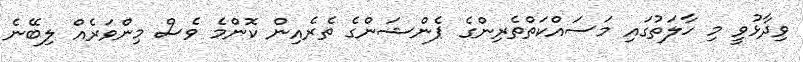
ވިދާޅުވީ މި ހާލަތުގައި މަސައްކަތްތެރިންގެ ޕެންޝަންގެ ތެރެއިން ކޮންމެ ވެސް މިންވަރެއް ލިބޭނެ